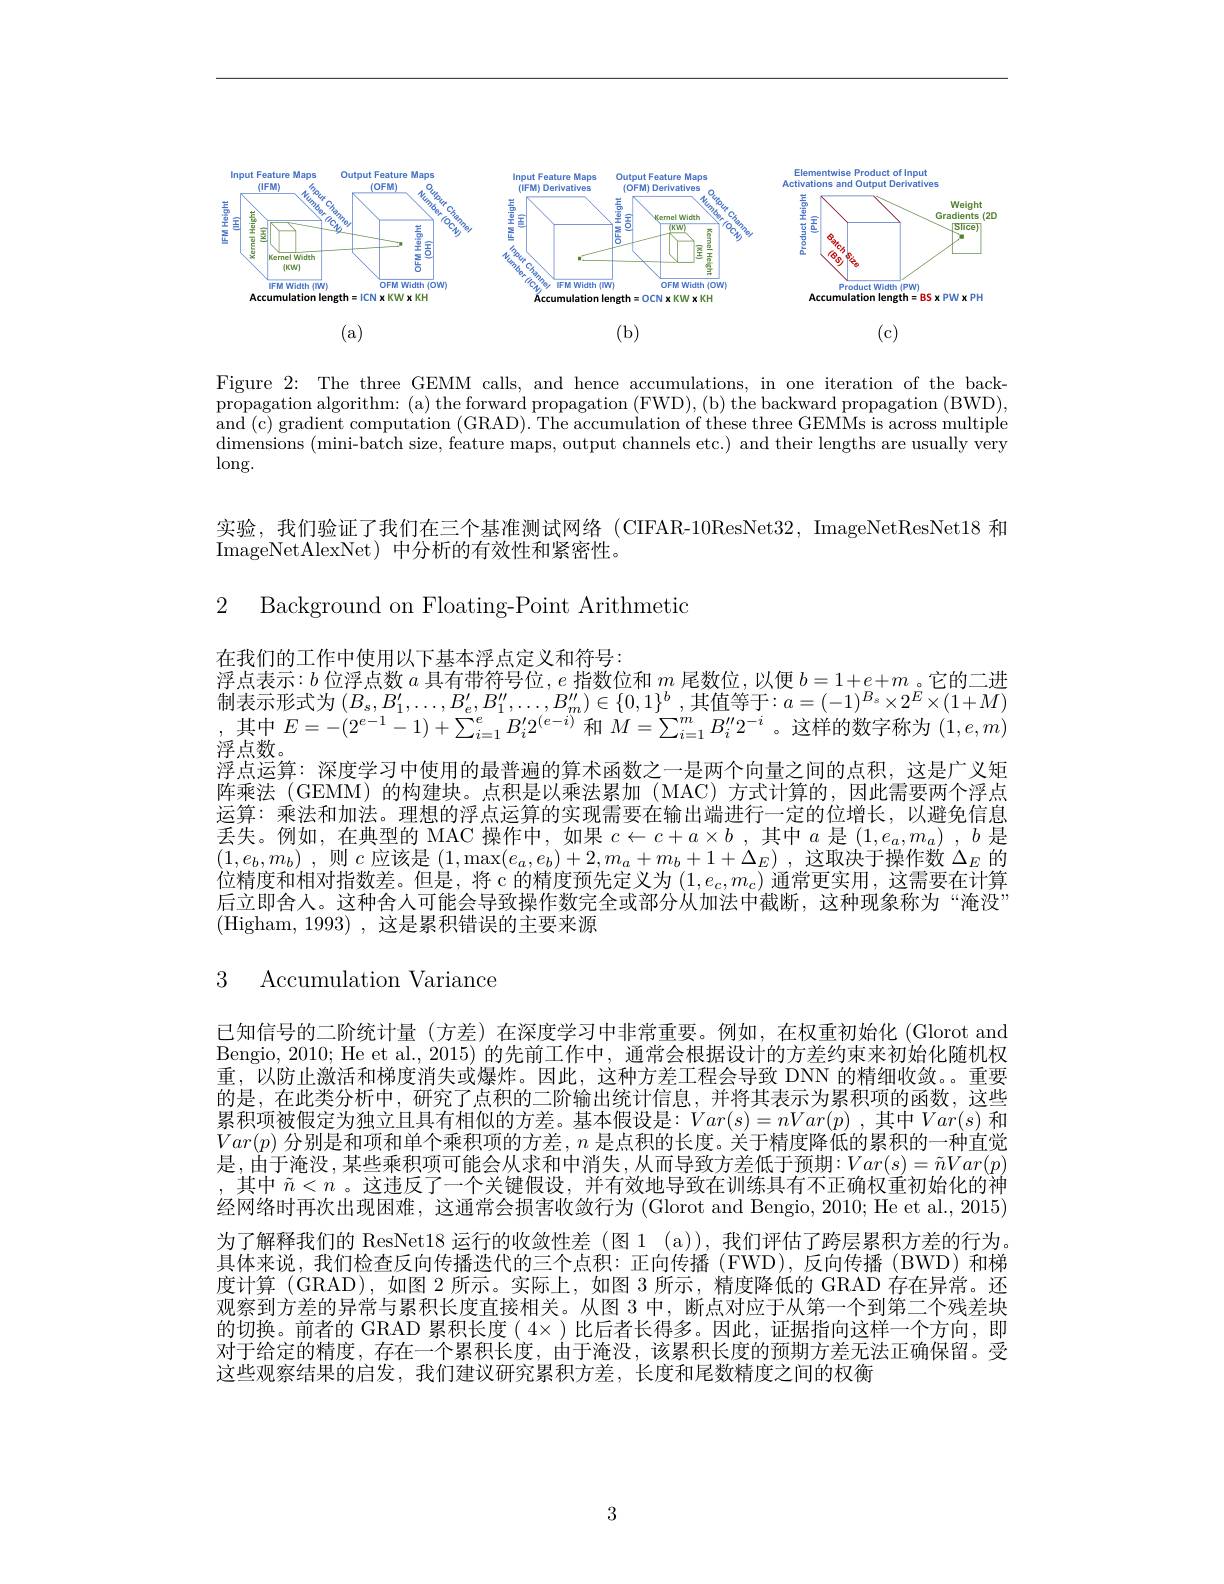
<FigureHere>

(b)

(c)

(a)

Figure 2: The three GEMM calls, and hence accumulations, in one iteration of the backpropagation algorithm: (a) the forward propagation (FWD), (b) the backward propagation (BWD), and (c) gradient computation (GRAD). The accumulation of these three GEMMs is across multiple $\begin{array}{c}\text{dimensions (mini-batch size, feature maps, output channels etc.) and their lengths are usually very}\\\end{array}$ $\log.$

实验，我们验证了我们在三个基准测试网络(CIFAR-10ResNet32, ImageNetResNet18 和
ImageNetAlexNet) 中分析的有效性和紧密性。

2 Background on Floating-Point Arithmetic

在我们的工作中使用以下基本浮点定义和符号：
浮点表示$:b$位浮点数$a$具有带符号位$,e$指数位和$m$尾数位，以便$b=1+e+m$ 。它的二进制表示形式为 $(B_s,B_1^{\prime},\ldots,B_e^{\prime},B_1^{\prime\prime},\ldots,B_m^{\prime\prime})\in\{0,1\}^b$ ,其值等于$:a=(-1)^B_s\times2^E\times(1+M)$ ,其中$E=-(2^e-1-1)+\sum_{i=1}^eB_i^{\prime}2^{(e-i)}$ 和 $M=\sum_i=1^mB_i^{\prime\prime}2^{-i}$。这样的数字称为 $(1,e,m)$ 浮点数。
浮点运算：深度学习中使用的最普遍的算术函数之一是两个向量之间的点积，这是广义矩阵乘法 (GEMM) 的构建块。点积是以乘法累加 (MAC) 方式计算的，因此需要两个浮点运算：乘法和加法。理想的浮点运算的实现需要在输出端进行一定的位增长，以避免信息丢失。例如，在典型的 MAC 操作中，如果$c\leftarrow c+a\times b$ ,其中$a$是$(1,e_a,m_a)$ , $b$是$( 1, e_{b}, m_{b})$ , 则 $c$ 应 该 是 $( 1, \max ( e_{a}, e_{b}) + 2, m_{a}+ m_{b}+ 1+ \Delta _{E})$ , 这 取 决 于 操 作 数 $\Delta _{E}$ 的 位 特 宙 和 相 对 比 断 关 但 目 。将 $a$ 的 特 库 面 生 字 $\forall$ 为 $( 1- \alpha$ m ) 通 常 再 空 用 这 雪 画 方 计 管位精度和相对指数差。但是，将 c 的精度预先定义为$(1,e_c,m_c)$通常更实用，这需要在计算后立即舍人。这种舍人可能会导致操作数完全或部分从加法中截断，这种现象称为“淹没” (Higham, 1993), 这是累积错误的主要来源

# 3 Accumulation Variance

已知信号的二阶统计量(方差)在深度学习中非常重要。例如，在权重初始化(Glorot and Bengio, 2010; He et al., 2015) 的先前工作中，通常会根据设计的方差约束来初始化随机权重，以防止激活和梯度消失或爆炸。因此，这种方差工程会导致 DNN 的精细收敛。。重要的是，在此类分析中，研究了点积的二阶输出统计信息，并将其表示为累积项的函数，这些累积项被假定为独立且具有相似的方差。基本假设是$:Var(s)=nVar(p)$,其中$Var(s)$ 和$Var(p)$分别是和项和单个乘积项的方差，$n$是点积的长度。关于精度降低的累积的一种直觉是，由于淹没，某些乘积项可能会从求和中消失，从而导致方差低于预期：$Var(s)=\tilde{n}Var(p)$ ,其中$\tilde{n}<n$ 。这违反了一个关键假设，并有效地导致在训练具有不正确权重初始化的神经网络时再次出现困难，这通常会损害收敛行为 (Glorot and Bengio, 2010; He et al., 2015) 为了解释我们的 ResNet18 运行的收敛性差 (图 1 (a)), 我们评估了跨层累积方差的行为。具体来说，我们检查反向传播迭代的三个点积：正向传播(FWD),反向传播(BWD)和梯度计算 (GRAD),如图 2 所示。实际上，如图 3 所示，精度降低的 GRAD 存在异常。还观察到方差的异常与累积长度直接相关。从图 3 中，断点对应于从第一个到第二个残差块的切换。前者的 GRAD 累积长度$(4\times)$比后者长得多。因此，证据指向这样一个方向，即对于给定的精度，存在一个累积长度，由于淹没，该累积长度的预期方差无法正确保留。受这些观察结果的启发，我们建议研究累积方差，长度和尾数精度之间的权衡

3